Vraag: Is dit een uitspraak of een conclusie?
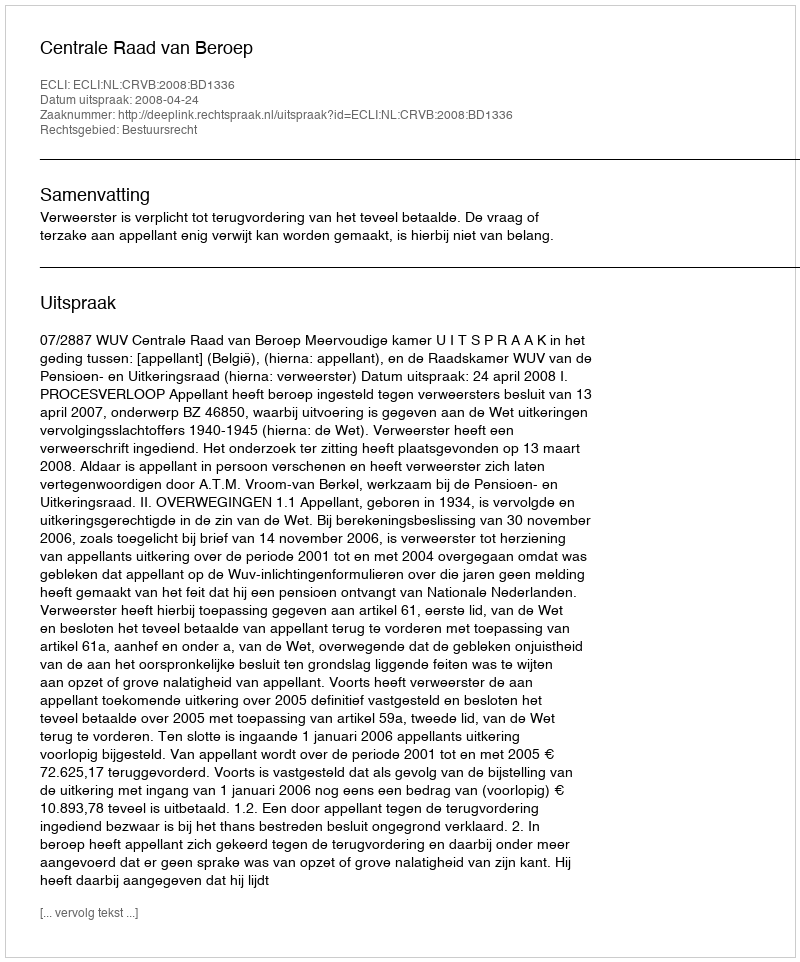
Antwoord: Uitspraak